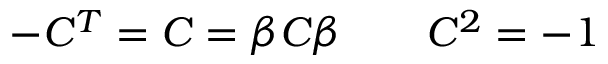
- C ^ { T } = C = \beta C \beta \qquad C ^ { 2 } = - 1